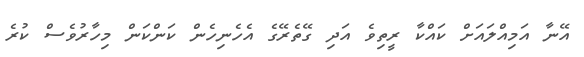
އޭނާ އަމިއްލައަށް ކައްކާ ރީތިވެ އަދި ގޭތެރޭގެ އެހެނިހެން ކަންކަން މިހާރުވެސް ކުރެ